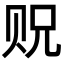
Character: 贶